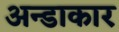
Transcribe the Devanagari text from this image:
अन्डाकार